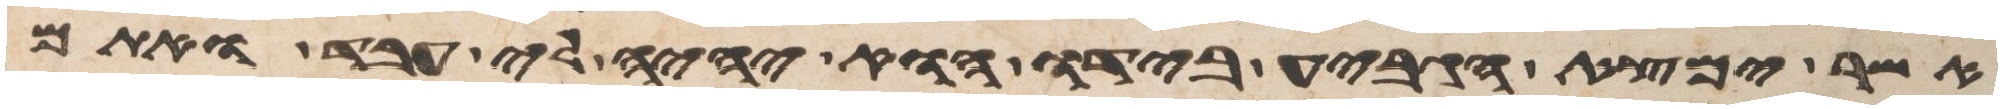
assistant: אשר נמצא הגביע בידו הוא יהיה לי עבד ואתם